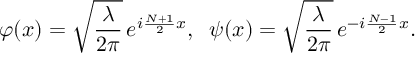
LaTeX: \varphi ( x ) = \sqrt { \frac { \lambda } { 2 \pi } } \, e ^ { i \frac { N + 1 } { 2 } x } , \; \; \psi ( x ) = \sqrt { \frac { \lambda } { 2 \pi } } \, e ^ { - i \frac { N - 1 } { 2 } x } .